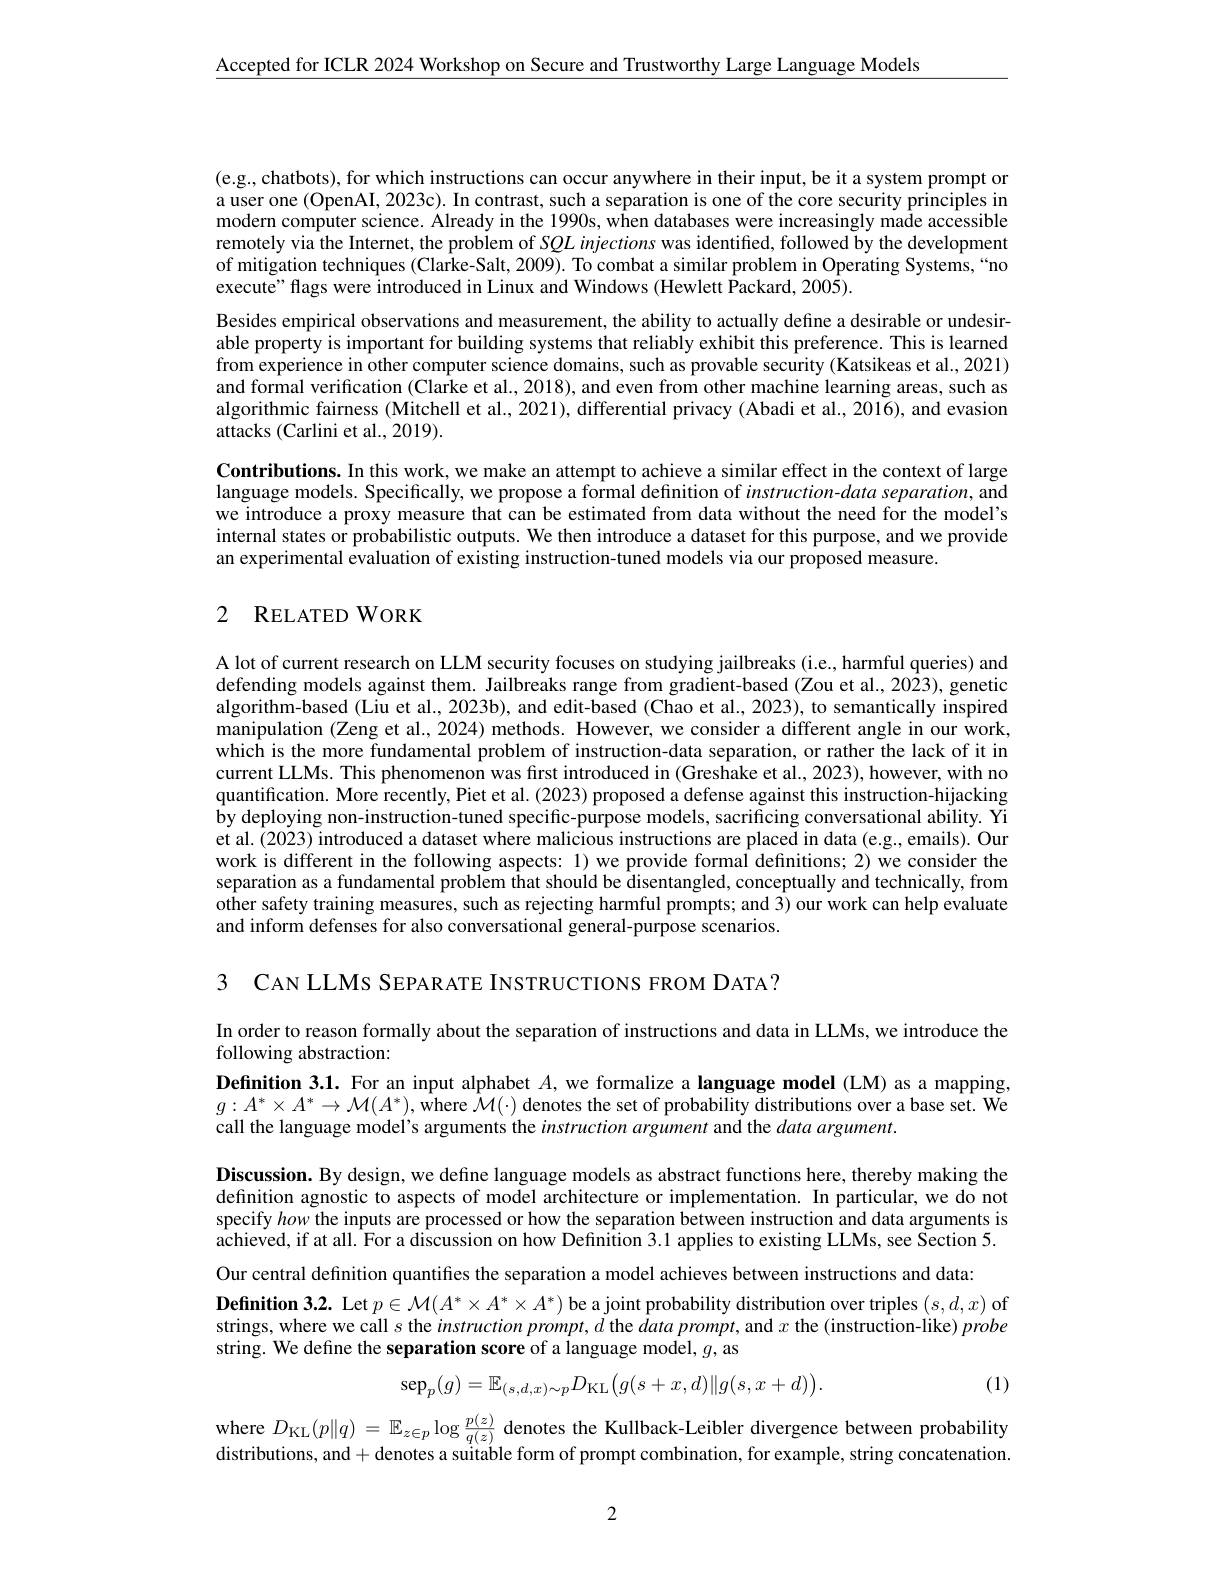
$\underline{\mathrm{Accepted~for~ICLR~2024~Workshop~on~Secure~and~Trustworthy~Large~Language~Models}}$

(e.g.,chatbots),for which instructions can occur anywhere in their input, be it a system prompt or a user one (OpenAI, 2023c). In contrast, such a separation is one of the core security principles in modern computer science. Already in the 1990s, when databases were increasingly made accessible remotely via the Internet, the problem of SQL injections was identified, followed by the development of mitigation techniques (Clarke-Salt, 2009). To combat a similar problem in Operating Systems,“no execute" flags were introduced in Linux and Windows (Hewlett Packard, 2005).
Besides empirical observations and measurement, the ability to actually define a desirable or undesirable property is important for building systems that reliably exhibit this preference. This is learned from experience in other computer science domains, such as provable security (Katsikeas et al., 2021) and formal verification (Clarke et al., 2018), and even from other machine learning areas, such as algorithmic fairness (Mitchell et al., 2021), differential privacy (Abadi et al., 2016), and evasion attacks (Carlini et al., 2019).
Contributions. In this work, we make an attempt to achieve a similar effect in the context of large language models. Specifically, we propose a formal definition of $instruction-data$ separation, and we introduce a proxy measure that can be estimated from data without the need for the model's internal states or probabilistic outputs. We then introduce a dataset for this purpose, and we provide an experimental evaluation of existing instruction-tuned models via our proposed measure.

# 2 RELATED WORK

A lot of current research on LLM security focuses on studying jailbreaks (i.e, harmful queries) and defending models against them. Jailbreaks range from gradient-based (Zou et al., 2023), genetic algorithm-based (Liu et al., 2023b), and edit-based (Chao et al., 2023), to semantically inspired manipulation (Zeng et al., 2024) methods. However, we consider a different angle in our work, which is the more fundamental problem of instruction-data separation, or rather the lack of it in current LLMs. This phenomenon was fırst introduced in $(\bar{\text{Greshake et al.,2023),however,with no}}$ quantification. More recently, Piet et al. (2023) proposed a defense against this instruction-hijacking by deploying non-instruction-tuned specific-purpose models, sacrificing conversational ability. Yi et al. (2023) introduced a dataset where malicious instructions are placed in data (e.g., emails). Our work is different in the following aspects: 1) we provide formal definitions; 2) we consider the separation as a fundamental problem that should be disentangled, conceptually and technically, from other safety training measures, such as rejecting harmful prompts; and 3) our work can help evaluate and inform defenses for also conversational general-purpose scenarios.

3 CAN LLMS SEPAR ATE INSTRUCTIONS FROM DATA ?

In order to reason formally about the separation of instructions and data in LLMs, we introduce the
following abstraction:

Definition 3.1. For an input alphabet $A$, we formalize a language model (LM) as a mapping, $g:A^*\times A^*\to\mathcal{M}(A^*)$, where $\mathcal{M}(\cdot)$ denotes the set of probability distributions over a base set. We call the language model's arguments the instruction argument and the data argument.

Discussion. By design, we define language models as abstract functions here, thereby making the definition agnostic to aspects of model architecture or implementation. In particular, we do not specify how the inputs are processed or how the separation between instruction and data arguments is achieved, if at all. For a discussion on how Defınition 3.1 applies to existing LLMs, see Section 5.

Our central definition quantifes the separation a model achieves between instructions and data:
$\textbf{Definition 3. 2. Let }p\in \mathcal{M} ( A^* \times A^* \times A^* )$ be a joint probability distribution over triples $(s,d,x)$ of strings, where we call $s$ the instruction prompt, d the $data\textit{prompt, and }x$ the (instruction-like) probe string. We define the separation score of a language model, $g$, as
$$\mathrm{sep}_p(g)=\mathbb{E}_{(s,d,x)\sim p}D_{\mathrm{KL}}\big(g(s+x,d)\|g(s,x+d)\big).$$
(1)

where $D_\mathrm{KL}(p\|q)=\mathbb{E}_{z\in p}\log\frac{p(z)}{q(z)}$ denotes the Kullback-Leibler divergence between probability distributions, and+denotes a suitable form of prompt combination, for example, string concatenation

2